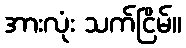
အားလုံး သက်ငြိမ်။